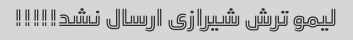
لیمو ترش شیرازی ارسال نشد!!!!!